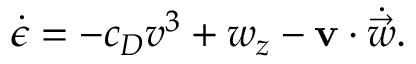
\dot { \epsilon } = - c _ { D } v ^ { 3 } + w _ { z } - \mathbf { v } \cdot \dot { \vec { w } } .